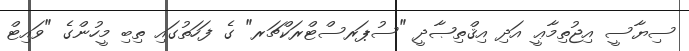
ސިޔާސީ އިޖުތިމާޢީ އަދި އިޤްތިޞާދީ "ސުޕަރސްޓްރަކްޗަރ" ގެ ފަހަތުގައި ތިބި މީހުންގެ "ވައިޓް